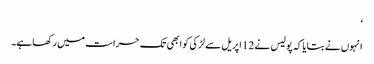
‘
انہوں نے بتایا کہ پولیس نے 12 اپریل سے لڑکی کو ابھی تک حراست میں رکھا ہے۔